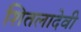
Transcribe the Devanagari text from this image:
शितलादेवी